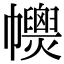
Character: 𢅽